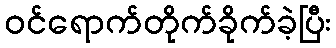
ဝင်ရောက်တိုက်ခိုက်ခဲ့ပြီး